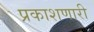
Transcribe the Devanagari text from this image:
प्रकाशणारी